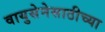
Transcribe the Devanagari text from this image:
वायुसेनेसाठीच्या